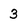
Character: 3